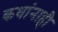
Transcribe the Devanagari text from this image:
कथांनाही